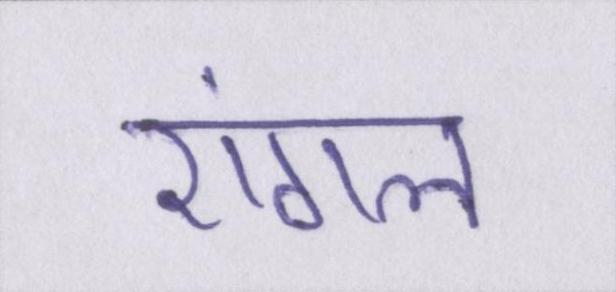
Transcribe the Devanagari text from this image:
एंगल